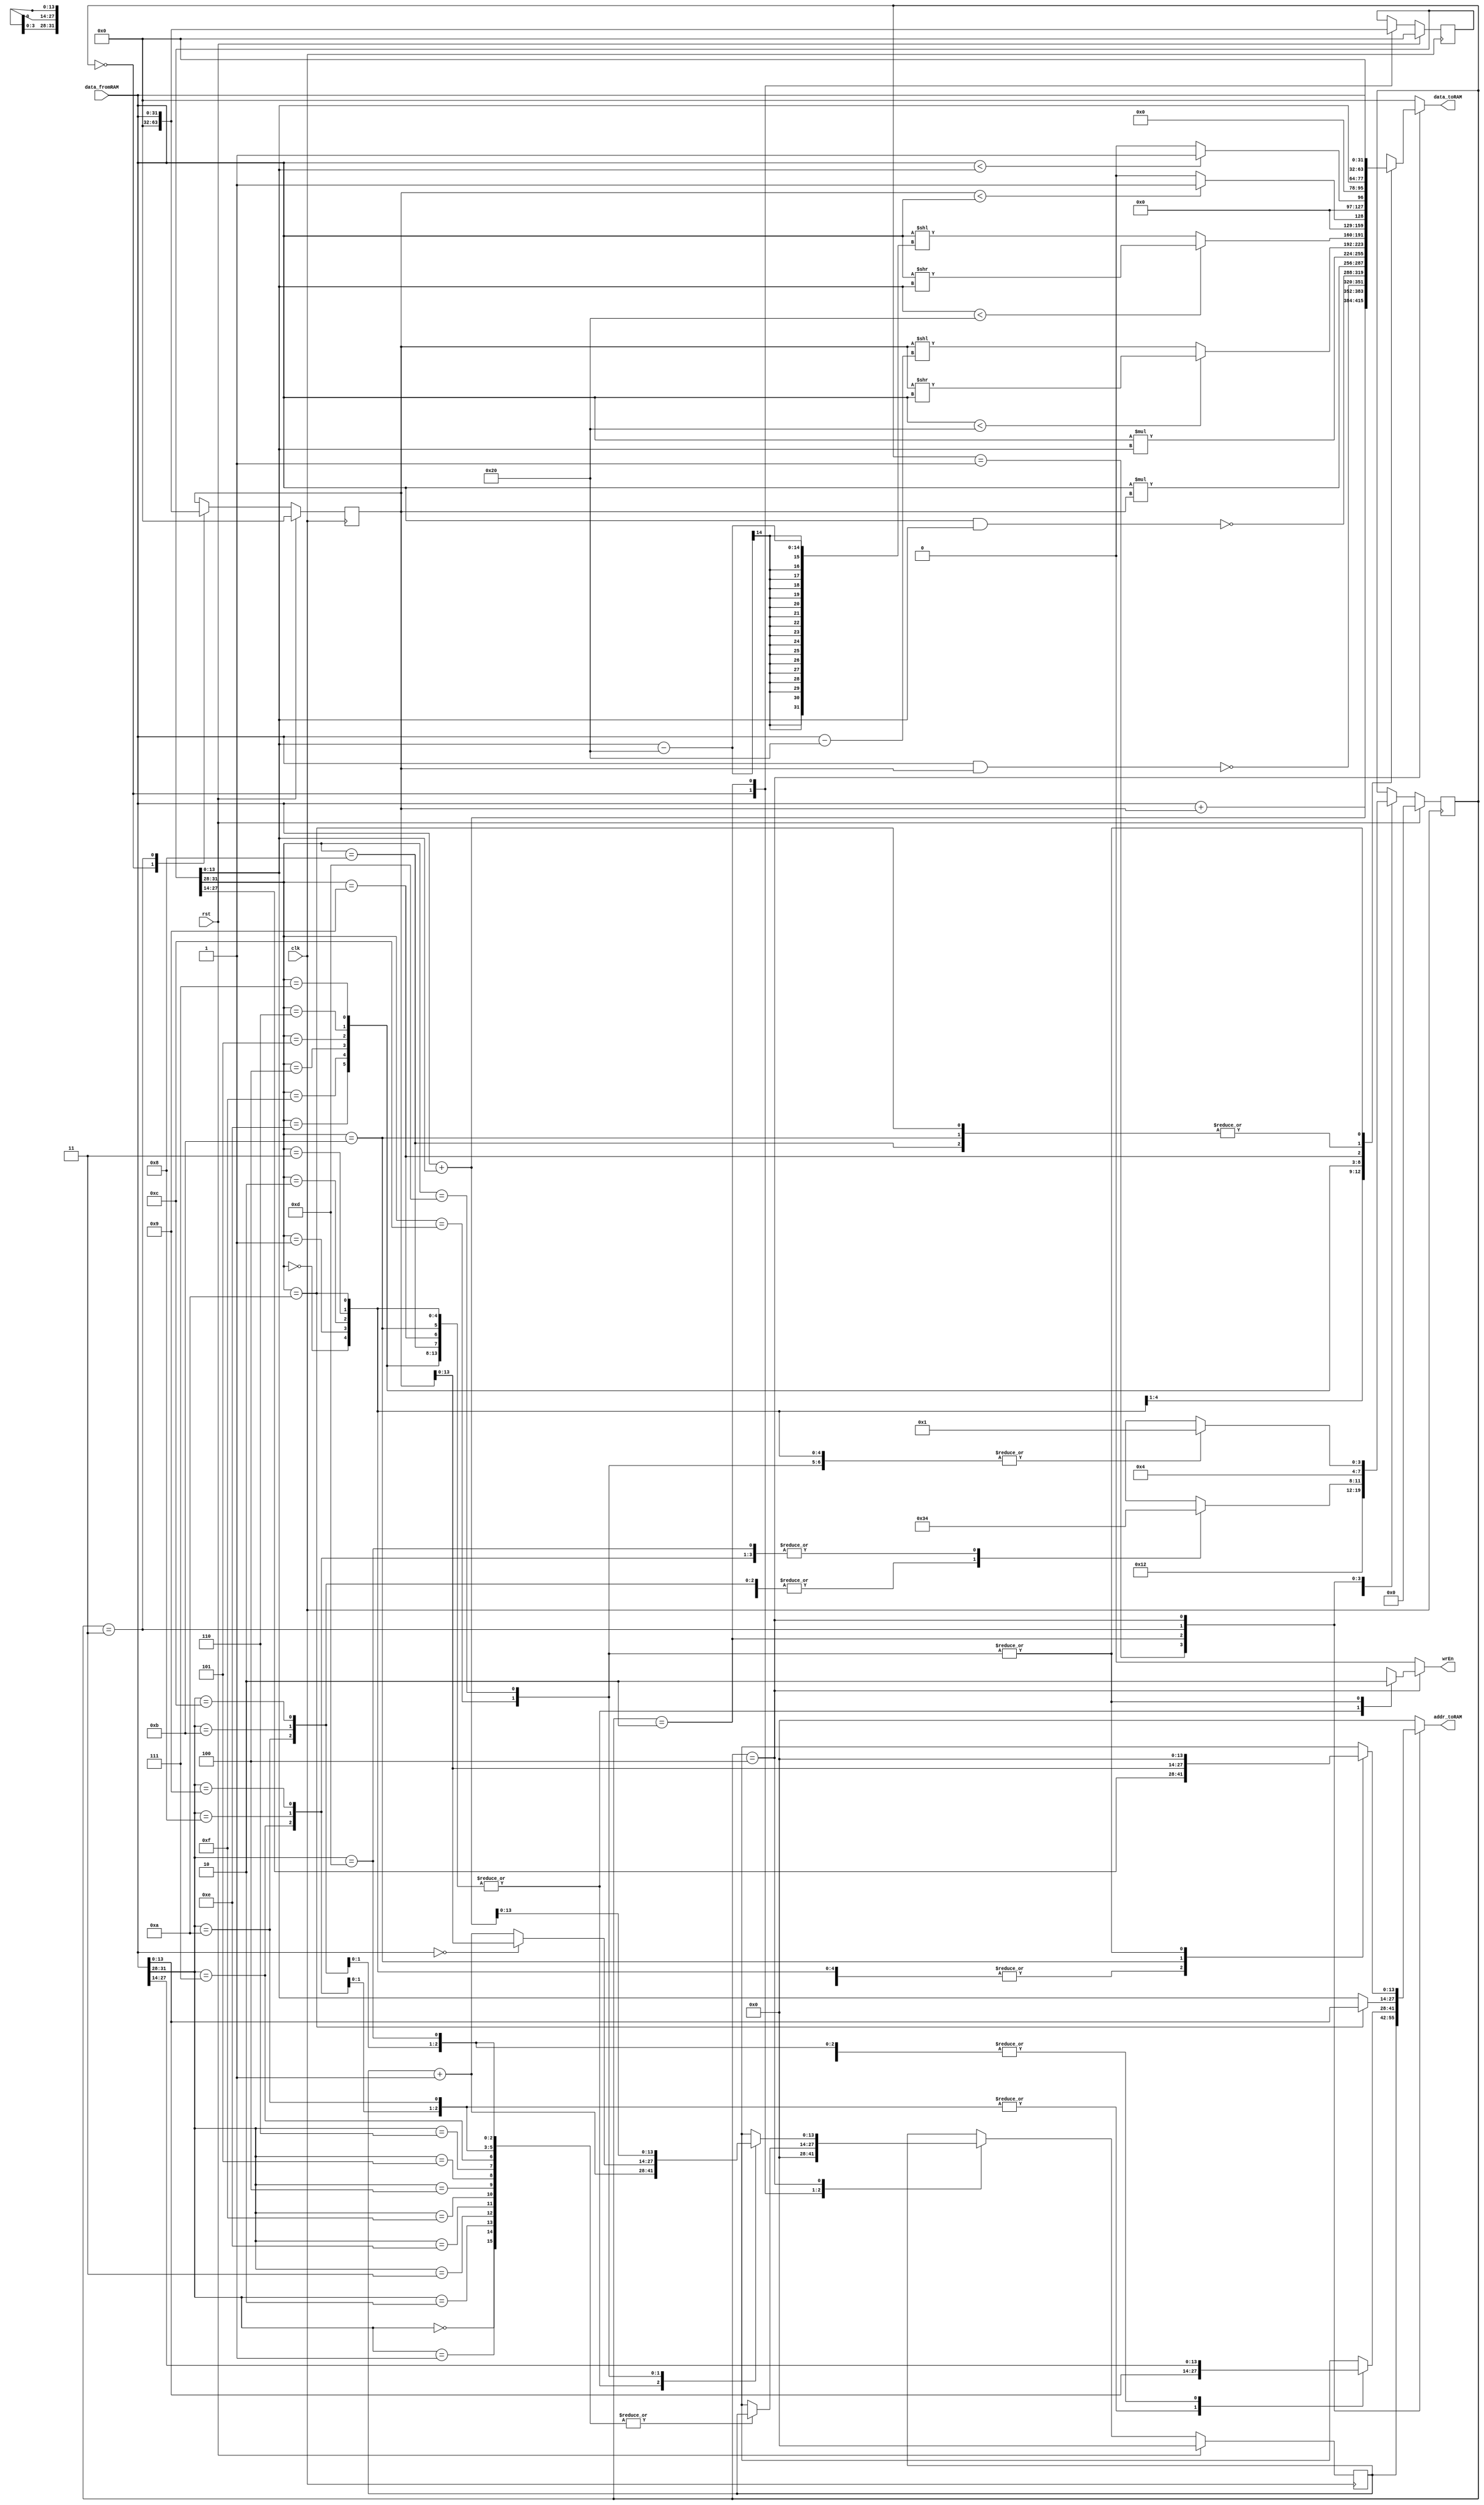
`timescale 1ns / 1ps


module VerySimpleCPU(clk, rst, data_fromRAM, wrEn, addr_toRAM, data_toRAM);

parameter SIZE = 14;

input clk, rst;
input wire [31:0] data_fromRAM;
output reg wrEn;
output reg [SIZE-1:0] addr_toRAM;
output reg [31:0] data_toRAM;


reg[3:0] state_current, state_next;
reg[SIZE-1:0] pc_current, pc_next;
reg[31:0] iw_current, iw_next; 
reg[31:0] r1_current,r1_next;
reg[31:0] r2_current,r2_next;


always @(posedge clk) begin
	if(rst) begin
		state_current <= 0;
		pc_current <= 14'b0;
		iw_current <= 32'b0;
		r1_current <= 32'b0;
		r2_current <= 32'b0;
	end
	else begin
		state_current <= state_next;
		pc_current <= pc_next;
		iw_current <= iw_next;
		r1_current <= r1_next;
		r2_current <= r2_next;
	end
end

always @(*) begin
	state_next = state_current;
	pc_next = pc_current;
	iw_next = iw_current;
	r1_next = r1_current;
	r2_next = r2_current;
	wrEn = 0;
	data_toRAM = 0;
	addr_toRAM = 0;
	
	case(state_current)
		0: begin
			pc_next = 0;
			iw_next = 0;
			r1_next = 0;
			r2_next = 0;
			state_next = 1;
		end
		1: begin
			addr_toRAM = pc_current;
			state_next = 2;
		end
		2:begin
			iw_next = data_fromRAM;
			case(data_fromRAM[31:28])
				{3'b000,1'b0}: begin			////////ADD///////////
					addr_toRAM = data_fromRAM[27:14];
					state_next = 3;
				end
				{3'b000,1'b1}: begin
					addr_toRAM = data_fromRAM[27:14];
					state_next = 4;
				end
				{3'b001,1'b0}: begin			////////NAND//////////
					addr_toRAM = data_fromRAM[27:14];
					state_next = 3;
				end
				{3'b001,1'b1}: begin
					addr_toRAM = data_fromRAM[27:14];
					state_next = 4;
				end
				{3'b111,1'b0}: begin			//////////MUL/////////
					addr_toRAM = data_fromRAM[27:14];
					state_next = 3;
				end
				{3'b111,1'b1}: begin
					addr_toRAM = data_fromRAM[27:14];
					state_next = 4;
				end
				{3'b010,1'b0}: begin			////////SRL///////////
					addr_toRAM = data_fromRAM[27:14];
					state_next = 3;
				end
				{3'b010,1'b1}: begin
					addr_toRAM = data_fromRAM[27:14];
					state_next = 4;
				end
				{3'b011,1'b0}: begin			///////LT////////////
					addr_toRAM = data_fromRAM[27:14];
					state_next = 3;
				end
				{3'b011,1'b1}: begin
					addr_toRAM = data_fromRAM[27:14];
					state_next = 4;
				end
				{3'b100,1'b0}: begin			/////////CP/////////
					addr_toRAM = data_fromRAM[13:0];
					state_next = 4;
				end
				{3'b100,1'b1}: begin
					addr_toRAM = data_fromRAM[13:0];
					state_next = 4;
				end
				{3'b101,1'b0}: begin			////////////CPI///////
					addr_toRAM = data_fromRAM[13:0];
					state_next = 3;
				end
				{3'b101,1'b1}: begin
					addr_toRAM = data_fromRAM[27:14];
					state_next = 3;
				end
				{3'b110,1'b0}: begin				///////BZJ/////////
					addr_toRAM = data_fromRAM[27:14];
					state_next = 3;
				end
				{3'b110,1'b1}: begin
					addr_toRAM = data_fromRAM[27:14];
					state_next = 4;
				end
				default: begin
					pc_next = pc_current + 1'b1;
					state_next = 1;
				end
			endcase
		end
		3: begin
			if(iw_current[31:28] == {3'b101,1'b0}) begin
				r1_next = data_fromRAM;
				addr_toRAM = r1_next ;
				state_next = 4;
			end
			else if(iw_current[31:28] == {3'b101,1'b1}) begin
				r1_next = data_fromRAM;
				addr_toRAM = iw_current[13:0];
				state_next = 4;
			end
			else begin
				r1_next = data_fromRAM;
				addr_toRAM = iw_current[13:0];
				state_next = 4;
			end
		end
		4: begin
			case(iw_current[31:28])
				{3'b000,1'b0}: begin			//////ADD///////
					wrEn = 1;
					addr_toRAM = iw_current[27:14];
					data_toRAM = data_fromRAM + r1_current;
					pc_next = pc_current + 1;
					state_next = 1;
				end
				{3'b000,1'b1}: begin
					wrEn = 1;
					addr_toRAM = iw_current[27:14];
					data_toRAM = data_fromRAM + iw_current[13:0];
					pc_next = pc_current + 1;
					state_next = 1;
				end
				{3'b001,1'b0}: begin					//////NAND ///////
					wrEn = 1;
					addr_toRAM = iw_current[27:14];
					data_toRAM = ~((data_fromRAM) & (r1_current));
					pc_next = pc_current + 1;
					state_next = 1;
				end
				{3'b001,1'b1}: begin
					wrEn = 1;
					addr_toRAM = iw_current[27:14];
					data_toRAM = ~((data_fromRAM) & (iw_current[13:0]));
					pc_next = pc_current + 1;
					state_next = 1;
				end
				{3'b111,1'b0}: begin				/////////MUL/////////
					wrEn = 1;
					addr_toRAM = iw_current[27:14];
					data_toRAM = (data_fromRAM) * (r1_current);
					pc_next = pc_current + 1;
					state_next = 1;
				end
				{3'b111,1'b1}: begin				
					wrEn = 1;
					addr_toRAM = iw_current[27:14];
					data_toRAM = (data_fromRAM) * (iw_current[13:0]);
					pc_next = pc_current + 1;
					state_next = 1;
				end
				{3'b010,1'b0}: begin				//////////SRL//////
					wrEn = 1;
					addr_toRAM = iw_current[27:14];
					
					data_toRAM = ((data_fromRAM) < 32'd32) ? ((r1_current) >> (data_fromRAM)) : ((r1_current) << ((data_fromRAM - 32'd32)));
					
					pc_next = pc_current + 1;
					state_next = 1;
				end
				{3'b010,1'b1}: begin
					wrEn = 1;
					addr_toRAM = iw_current[27:14];
					
					data_toRAM = (iw_current[13:0]< 32'd32) ? ((data_fromRAM) >> iw_current[13:0]) : ((data_fromRAM) << (iw_current[13:0]) - 32'd32);
					pc_next = pc_current + 1;
					state_next = 1;
				end
				{3'b011,1'b0}: begin				//////LT//////////
					wrEn = 1;
					addr_toRAM = iw_current[27:14];
					data_toRAM = (r1_current < data_fromRAM) ? 1:0 ;
					pc_next = pc_current + 1;
					state_next = 1;
				end
				{3'b011,1'b1}: begin
					wrEn = 1;
					addr_toRAM = iw_current[27:14];
					data_toRAM = (data_fromRAM < iw_current[13:0]) ? 1:0 ;
					pc_next = pc_current + 1;
					state_next = 1;
				end
				{3'b100,1'b0}: begin				///////CP/////////
					wrEn = 1;
					addr_toRAM = iw_current[27:14];
					data_toRAM = data_fromRAM;
					pc_next = pc_current + 1;
					state_next = 1;
				end
				{3'b100,1'b1}: begin
					wrEn = 1;
					addr_toRAM = iw_current[27:14];
					data_toRAM = iw_current[13:0];
					pc_next = pc_current + 1;
					state_next = 1;
				end
				{3'b101,1'b0}: begin			//////////CPI/////////
					wrEn = 1;
					addr_toRAM = iw_current[27:14];
					data_toRAM = data_fromRAM;
					pc_next  = pc_current + 1;
					state_next = 1;
				end
				{3'b101,1'b1}: begin
					wrEn = 1;
					addr_toRAM = r1_current;
					data_toRAM = data_fromRAM;
					pc_next = pc_current + 1;
					state_next = 1;
				end
				{3'b110,1'b0}: begin			/////////BZJ////////
					wrEn = 0;
					pc_next = (data_fromRAM == 0) ? r1_current:(pc_current + 1);
					state_next = 1;
				end
				{3'b110,1'b1}: begin
					pc_next = data_fromRAM + iw_current[13:0];
					state_next = 1;
				end

			endcase
		end
		
		
	endcase
	
end



endmodule